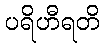
ပရိဟီရတိ